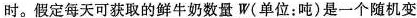
时。假定每天可获取的鲜牛奶数量W(单位：吨)是一个随机变